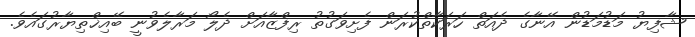
ޝާފިޔު މަޑުމަޑުން އޭނާގެ ދެއަތް ހަރަކާތްކުރަން ފެށިވަގުތު ރިފްޒާއަށް ދެލޯ މަރާލެވުނީ ބޭއިޚްތިޔާރުގައެވެ.